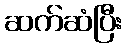
ဆက်ဆံပြီး